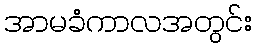
အာမခံကာလအတွင်း